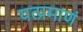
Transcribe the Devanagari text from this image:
यत्प्रमाणं